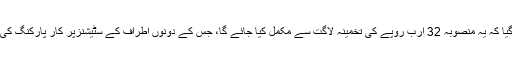
کمراٹ کیبل کار کے مجوزہ منصوبے کے بارے میں اجلاس کو بریفنگ دیتے ہوئے بتایا گیا کہ یہ منصوبہ 32 ارب روپے کی تخمینہ لاگت سے مکمل کیا جائے گا، جس کے دونوں اطراف کے سٹیشنزپر کار پارکنگ کی سہولت جبکہ انٹرمیڈیٹ اسٹیشن پر ریسٹورنٹ کے علاوہ دیگر سہولیات بھی دستیاب ہوگی۔